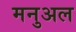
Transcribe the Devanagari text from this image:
मनुअल